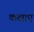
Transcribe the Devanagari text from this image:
कक्षाए